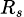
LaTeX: \scriptstyle{R_{s}}